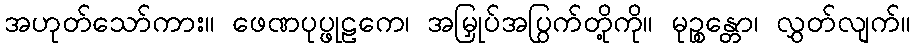
အဟုတ်သော်ကား။ ဖေဏပုပ္ဖုဠကေ၊ အမြှုပ်အပြွက်တို့ကို။ မုဉ္စန္တော၊ လွှတ်လျက်။